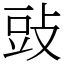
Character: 䜴